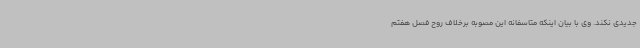
جدیدی نکند. وی با بیان اینکه متاسفانه این مصوبه برخلاف روح فصل هفتم